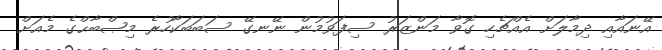
އޭނައާއި ދިމާލަށް އެއްޗެހި ގޮވާ މަންޒަރު ސިފަވުމުން ނޭނގޭ ސަބަބަކާހުރެ މިޞްބާޙްގެ މެއަށް